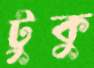
টুকু